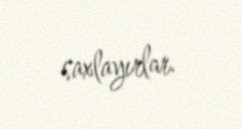
saxlayırlar.